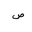
Letter: _sad